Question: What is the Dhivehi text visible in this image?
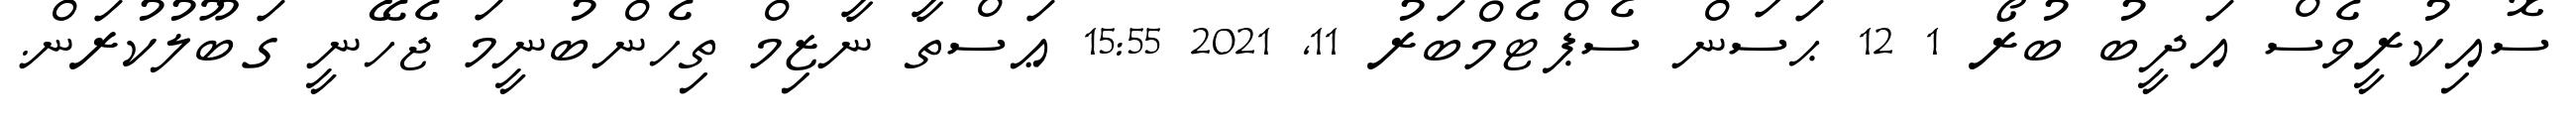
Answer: ސޮއިކުރީވެސް އަދީބު ބުރޯ 1 12 ޙަސަން ސެޕްޓެމްބަރު 11, 2021 15:55 ޢަސްތާ ނާޒިމް ތިހެންބުނީމަ ޖެހޭނީ ގަބޫލުކުރަން.